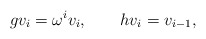
\begin{align*}gv_i =\omega ^i v_i ,~~~~~~hv_i =v_{i-1}, \end{align*}